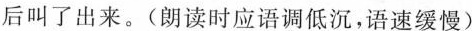
后叫了出来。(朗读时应语调低沉，语速缓慢)